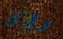
دلائل